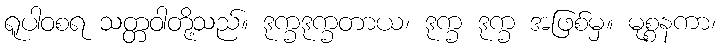
ရူပါဝစရ သတ္တဝါတို့သည်။ ဒုက္ခဒုက္ခတာယ၊ ဒုက္ခ ဒုက္ခ အဖြစ်မှ။ မုစ္စနကာ၊